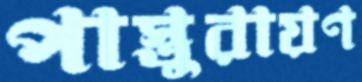
পাস্তুরায়ণ